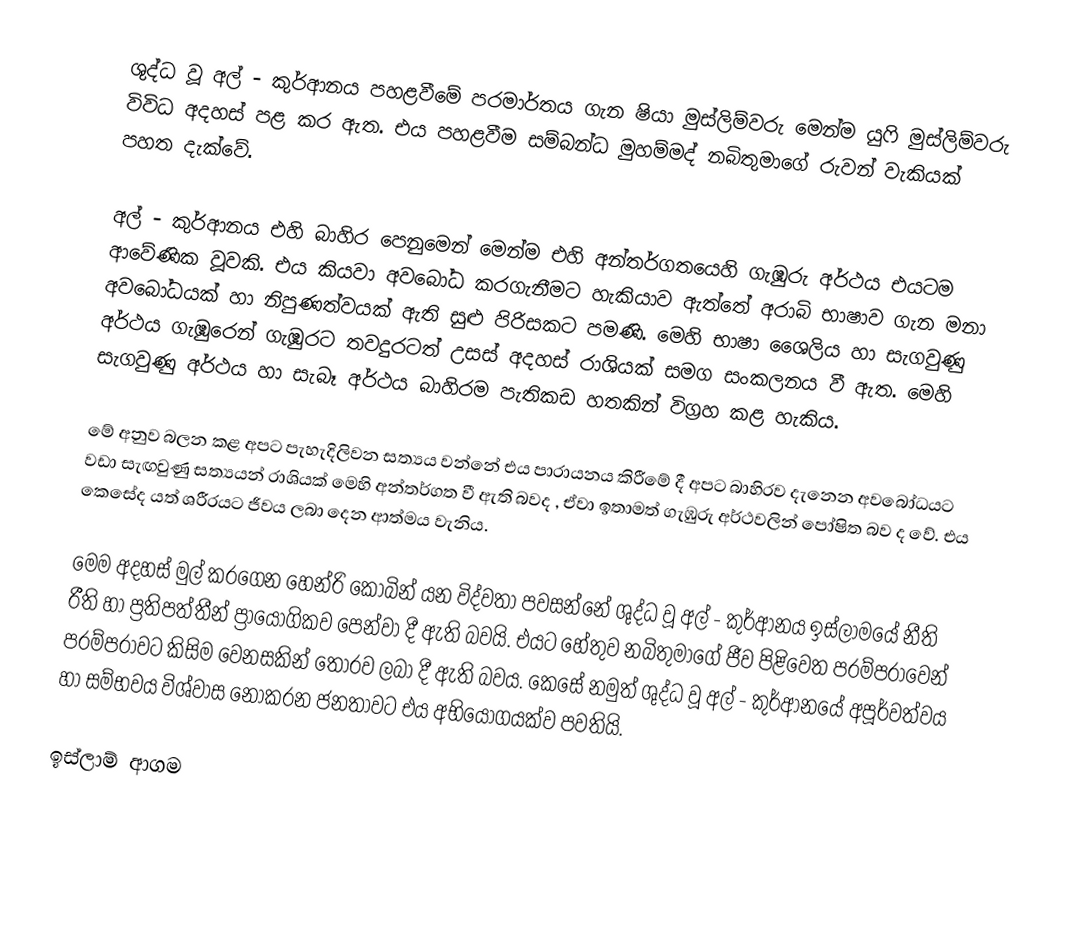
ශුද්ධ වූ අල් - කුර්ආනය පහළවීමේ පරමාර්තය ගැන ෂියා මුස්ලිම්වරු මෙන්ම යු‍ෆි මුස්ලිම්වරු විවිධ අදහස් පළ කර ඇත. එය පහළවීම සම්බන්ධ මුහම්මද් නබිතුමාගේ රුවන් වැකියක් පහත දැක්වේ.

අල් - කුර්ආනය එහි බාහිර පෙනුමෙන් මෙන්ම එහි අන්තර්ගතයෙහි ගැඹුරු අර්ථය එයටම ආවේණික වූවකි. එය කියවා අවබෝධ කරගැනීමට හැකියාව ඇත්තේ අරාබි භාෂාව ගැන මනා අවබෝධයක් හා නිපුණත්වයක් ඇති සුළු පිරිසකට පමණි. මෙහි භාෂා ශෛලිය හා සැගවුණු අර්ථය ගැඹුරෙන් ගැඹුරට තවදුරටත් උසස් අදහස් රාශියක් සමග සංකලනය වී ඇත. මෙහි සැගවුණු අර්ථය හා සැබෑ අර්ථය බාහිරම පැතිකඩ හතකින් විග්‍රහ කළ හැකිය.

මේ අනුව බලන කළ අපට පැහැදිලිවන සත්‍යය වන්නේ එය පාරායනය කිරීමේ දී අපට බාහිරව දැනෙන අවබෝධයට වඩා සැඟවුණු සත්‍යයන් රාශියක් මෙහි අන්තර්ගත වී ඇති බවද , ඒවා ඉතාමත් ගැඹුරු අර්ථවලින් පෝෂිත බව ද වේ. එය කෙසේද යත් ශරීරයට ජීවය ලබා දෙන ආත්මය වැනිය.

මෙම අදහස් මුල් කරගෙන හෙන්රි කෝබින් යන විද්වතා පවසන්නේ ශුද්ධ වූ අල් - කුර්ආනය ඉස්ලාමයේ නීති රීති හා ප්‍රතිපත්තීන් ප්‍රායෝගිකව පෙන්වා දී ඇති බවයි. එයට හේතුව නබිතුමාගේ ජීව පිළිවෙත පරම්පරාවෙන් පරම්පරාවට කිසිම වෙනසකින් තොරව ලබා දී ඇති බවය. කෙසේ නමුත් ශුද්ධ වූ අල් - කුර්ආනයේ අපූර්වත්වය හා සම්භවය විශ්වාස නොකරන ජනතාවට එය අභියෝගයක්ව පවතියි.

ඉස්ලාම් ආගම